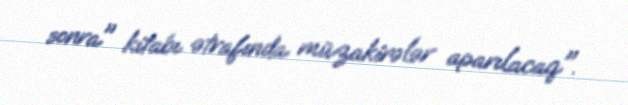
sonra" kitabı ətrafında müzakirələr aparılacaq".